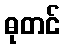
ဓုတင်